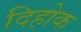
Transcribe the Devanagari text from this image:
दिहोक